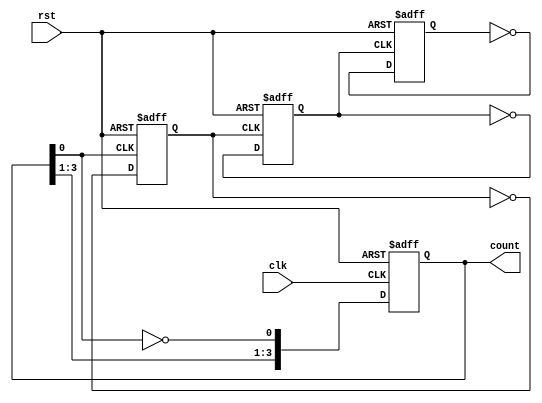
module async_ripple_counter #(parameter N = 4) (
    input wire clk,            // Clock input for the least significant bit (LSB)
    input wire rst,            // Asynchronous reset input
    output reg [N-1:0] count   // Output count (N bits)
);

    // Flip-flops for the ripple counter
    always @(posedge clk or posedge rst) begin
        if (rst) begin
            count <= 0;         // Reset the count to 0
        end else begin
            count[0] <= ~count[0]; // Toggle LSB on clock edge
        end
    end

    // Each subsequent flip-flop toggles based on the output of the previous flip-flop
    genvar i;
    generate
        for (i = 1; i < N; i = i + 1) begin : ripple_gen
            always @(posedge count[i-1] or posedge rst) begin
                if (rst) begin
                    count[i] <= 0;  // Reset the corresponding bit to 0
                end else begin
                    count[i] <= ~count[i]; // Toggle the next bit
                end
            end
        end
    endgenerate
endmodule